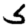
Digit: 5